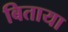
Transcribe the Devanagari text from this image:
बिताया